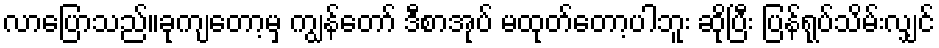
လာပြောသည်။ခုကျတော့မှ ကျွန်တော် ဒီစာအုပ် မထုတ်တော့ပါဘူး ဆိုပြီး ပြန်ရုပ်သိမ်းလျှင်